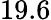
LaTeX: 19.6